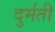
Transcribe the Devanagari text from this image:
दुर्मती